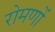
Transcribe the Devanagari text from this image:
रोमणों